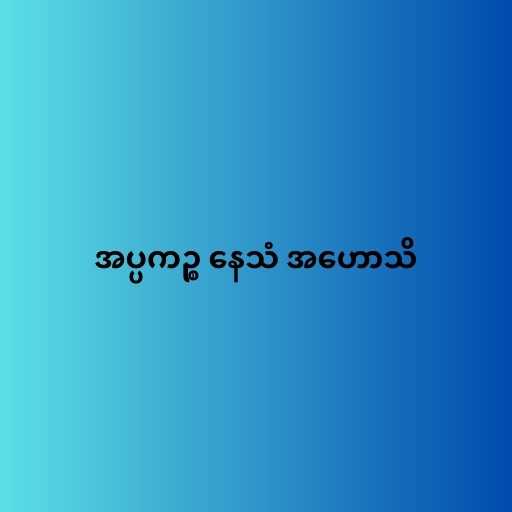
အပ္ပကဉ္စ နေသံ အဟောသိ